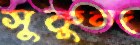
সুকুন্দ